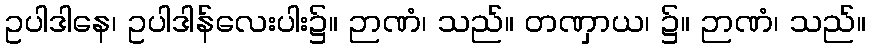
ဥပါဒါနေ၊ ဥပါဒါန်လေးပါး၌။ ဉာဏံ၊ သည်။ တဏှာယ၊ ၌။ ဉာဏံ၊ သည်။